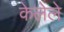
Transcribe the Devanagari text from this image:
केलेेले